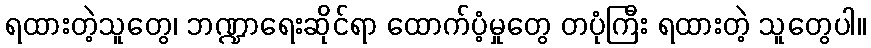
ရထားတဲ့သူတွေ၊ ဘဏ္ဍာရေးဆိုင်ရာ ထောက်ပံ့မှုတွေ တပုံကြီး ရထားတဲ့ သူတွေပါ။